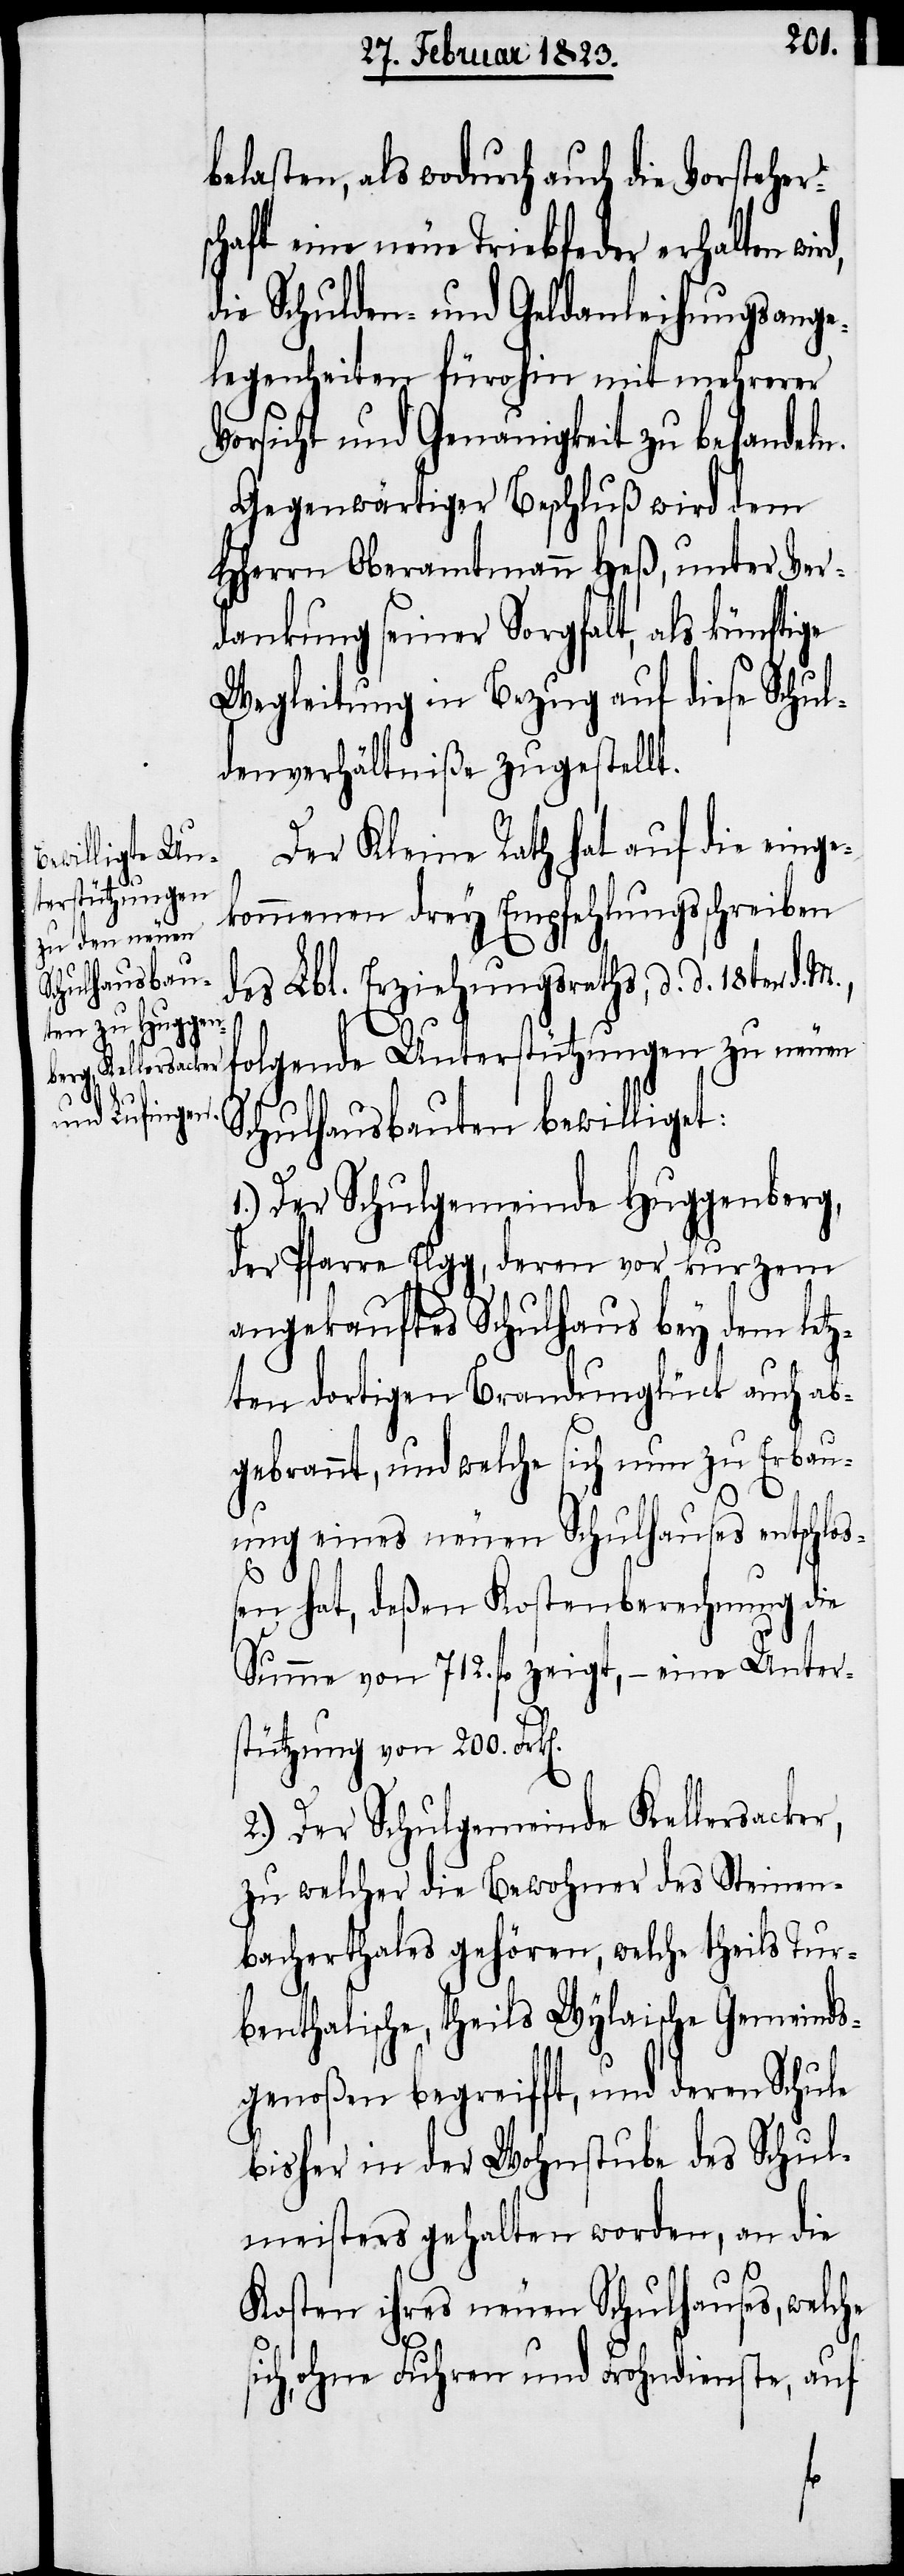
belasten, als wodurch auch die Vorsteher¬
chaft eine neue Triebfeder erhalten
die Schulden- und Geldanleihungsange¬
legenheiten fürohin mit mehrerer
Vorsicht und Genauigkeit zu behandeln.
Gegenwärtiger Beschluß wird dem
HHerrn Oberamtmann Heß, unter Ver¬
dankung seiner Sorgfalt, als künftige
Wegleitung in Bezug auf diese Schul¬
denverhältniße zugestellt.
Der Kleine Rath hat auf die einge¬
kommenen drey Empfehlungsschreiben
des Lbl. Erziehungsraths, d. d. 18ten d.
folgende Unterstützungen zu neuen
Schulhausbauten bewilliget:
1.) Der Schulgemeinde Huggenberg,
der Pfarre Elgg, deren vor kurzem
angekauftes Schulhaus bey dem letz¬
ten dortigen Brandunglück auch ab¬
gebrannt, und welche sich nun zu Erbau¬
n].
ung eines neuen Schulhauses entschlo¬
ßen hat, deßen Kostenberechnung die
s¬
Summe von 712. fl. zeigt, – eine Unter¬
stützung von 200. Frk[e¬
2.) Der Schulgemeinde Kellersacker,
zu welcher die Bewohner des Steinen¬
bacherthales gehören, welche theils Tur¬
benthalische, theils Wylaische Gemeinds¬
genoßen begreifft, und deren Schule
bisher in der Wohnstube des Schul¬
meisters gehalten worden, an die
Kosten ihres neuen Schulhauses, welche
ich, ohne Fuhren und Frohndienste, auf